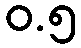
ဝ.၅